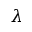
\lambda